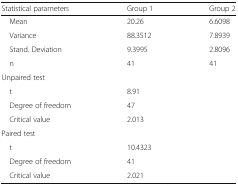
| Statistical parameters | Group 1 | Group 2 |
 | --- | --- | --- |
 | Mean | 20.26 | 6.6098 |
 | Variance | 88.3512 | 7.8939 |
 | Stand. Deviation | 9.3995 | 2.8096 |
 | n | 41 | 41 |
 | <COLSPAN=3> Unpaired test |
 | t | <COLSPAN=2> 8.91 |
 | Degree of freedom | <COLSPAN=2> 47 |
 | Critical value | <COLSPAN=2> 2.013 |
 | <COLSPAN=3> Paired test |
 | t | <COLSPAN=2> 10.4323 |
 | Degree of freedom | <COLSPAN=2> 41 |
 | Critical value | <COLSPAN=2> 2.021 |